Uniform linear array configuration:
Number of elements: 64
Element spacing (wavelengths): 0.25
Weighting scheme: kaiser
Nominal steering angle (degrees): -15
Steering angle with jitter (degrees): -15.871
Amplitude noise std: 0.05
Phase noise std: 0.05

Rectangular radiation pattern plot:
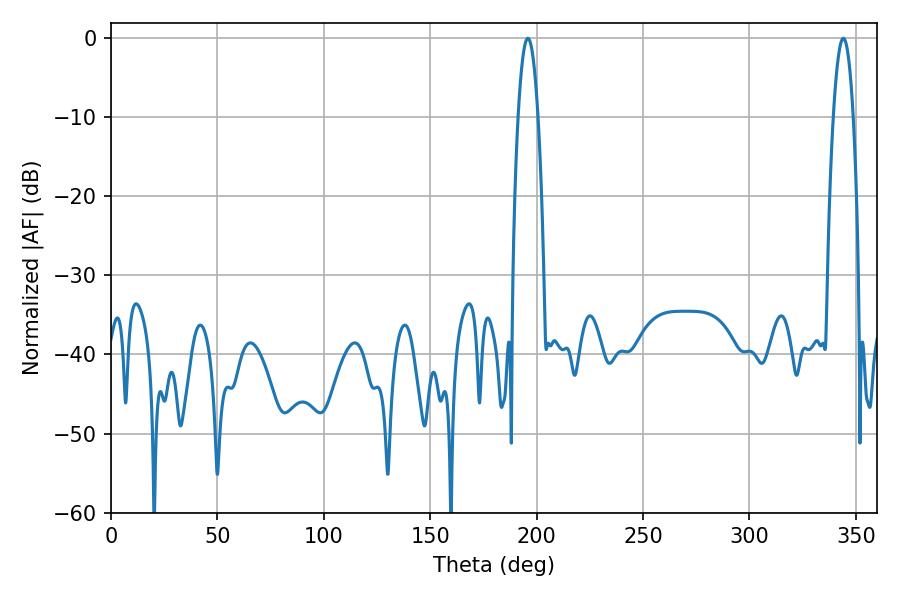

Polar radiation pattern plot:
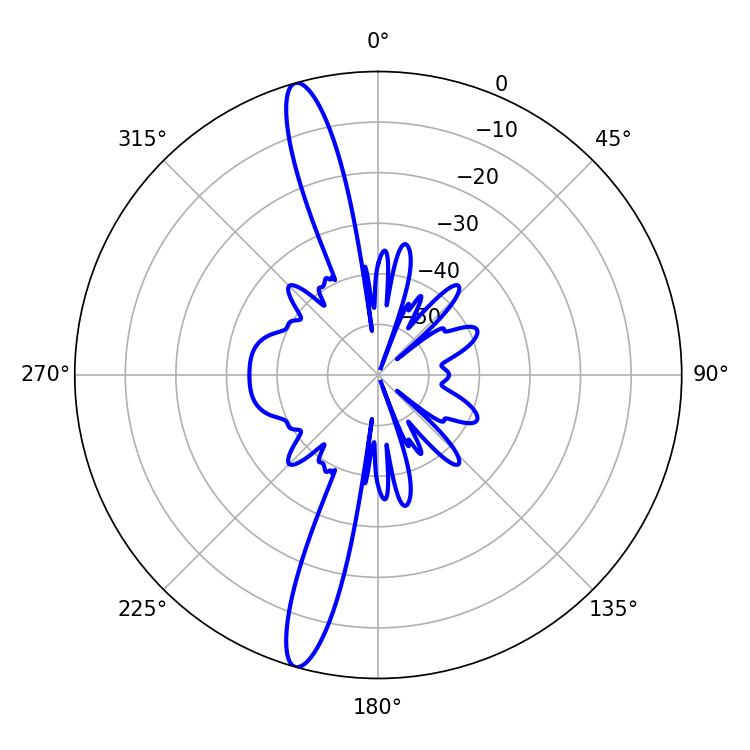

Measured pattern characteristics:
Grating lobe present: FALSE
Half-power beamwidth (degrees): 5.22
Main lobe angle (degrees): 195.84